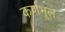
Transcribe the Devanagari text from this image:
कर्णभूल